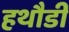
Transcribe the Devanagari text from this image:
हथौडी